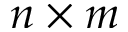
n \times m